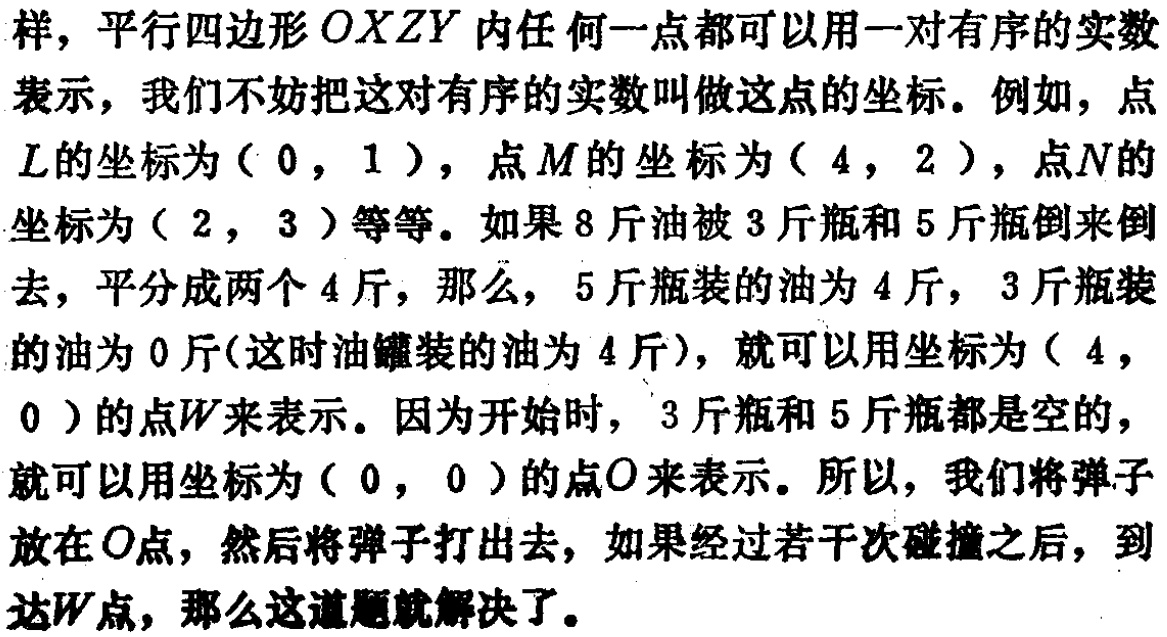
样，平行四边形\(OXZY\)内任何一点都可以用一对有序的实数表示，我们不妨把这对有序的实数叫做这点的坐标。例如，点\(L\)的坐标为\((0,1)\)，点\(M\)的坐标为\((4,2)\)，点\(N\)的坐标为\((2,3)\)等等。如果\(8\)斤油被\(3\)斤瓶和\(5\)斤瓶倒来倒去，平分成两个\(4\)斤，那么，\(5\)斤瓶装的油为\(4\)斤，\(3\)斤瓶装的油为\(0\)斤(这时油罐装的油为\(4\)斤)，就可以用坐标为\((4,0)\)的点\(W\)来表示。因为开始时，\(3\)斤瓶和\(5\)斤瓶都是空的，就可以用坐标为\((0,0)\)的点\(O\)来表示。所以，我们将弹子放在\(O\)点，然后将弹子打出去，如果经过若干次碰撞之后，到达\(W\)点，那么这道题就解决了。